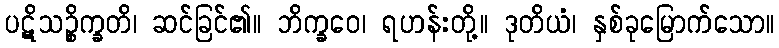
ပဋိသဉ္စိက္ခတိ၊ ဆင်ခြင်၏။ ဘိက္ခဝေ၊ ရဟန်းတို့။ ဒုတိယံ၊ နှစ်ခုမြောက်သော။